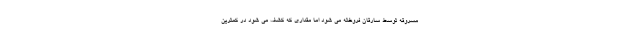
مسروقه توسط سارقان فروخته می شود اما مقداری که کشف می شود در کمترین